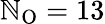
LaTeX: \mathbb{N}_{\mathrm{{O}}}=13